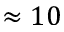
\approx 1 0